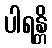
ပါရန္တိ